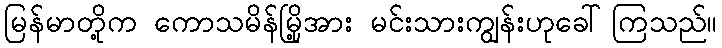
မြန်မာတို့က ကောသမိန်မြို့အား မင်းသားကျွန်းဟုခေါ်ကြသည်။